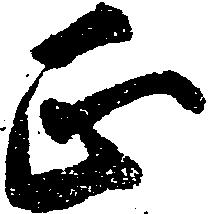
正